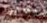
يعبروا